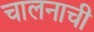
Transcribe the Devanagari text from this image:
चालनाची